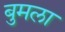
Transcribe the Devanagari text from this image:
बुमला